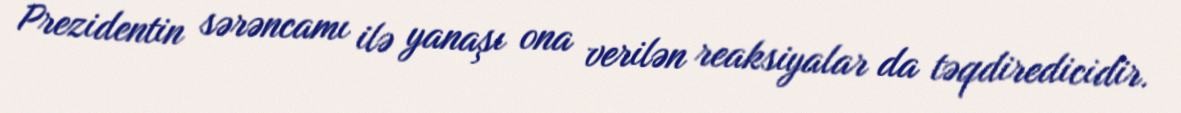
Prezidentin sərəncamı ilə yanaşı ona verilən reaksiyalar da təqdiredicidir.